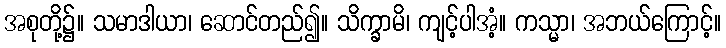
အစုတို့၌။ သမာဒါယာ၊ ဆောင်တည်၍။ သိက္ခာမိ၊ ကျင့်ပါအံ့။ ကသ္မာ၊ အဘယ်ကြောင့်။